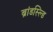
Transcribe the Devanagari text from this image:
ब्रांडस्ल्डि